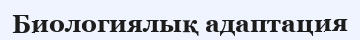
Биологиялық адаптация